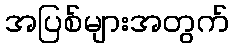
အပြစ်များအတွက်